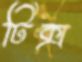
টিক্স